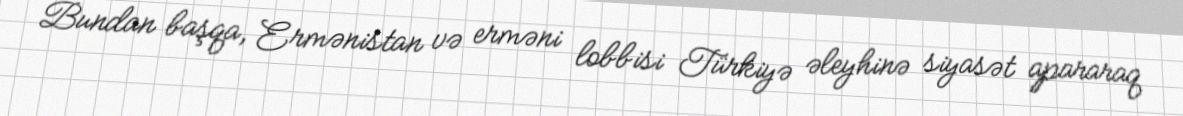
Bundan başqa, Ermənistan və erməni lobbisi Türkiyə əleyhinə siyasət apararaq